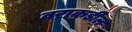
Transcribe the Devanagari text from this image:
वराकडील